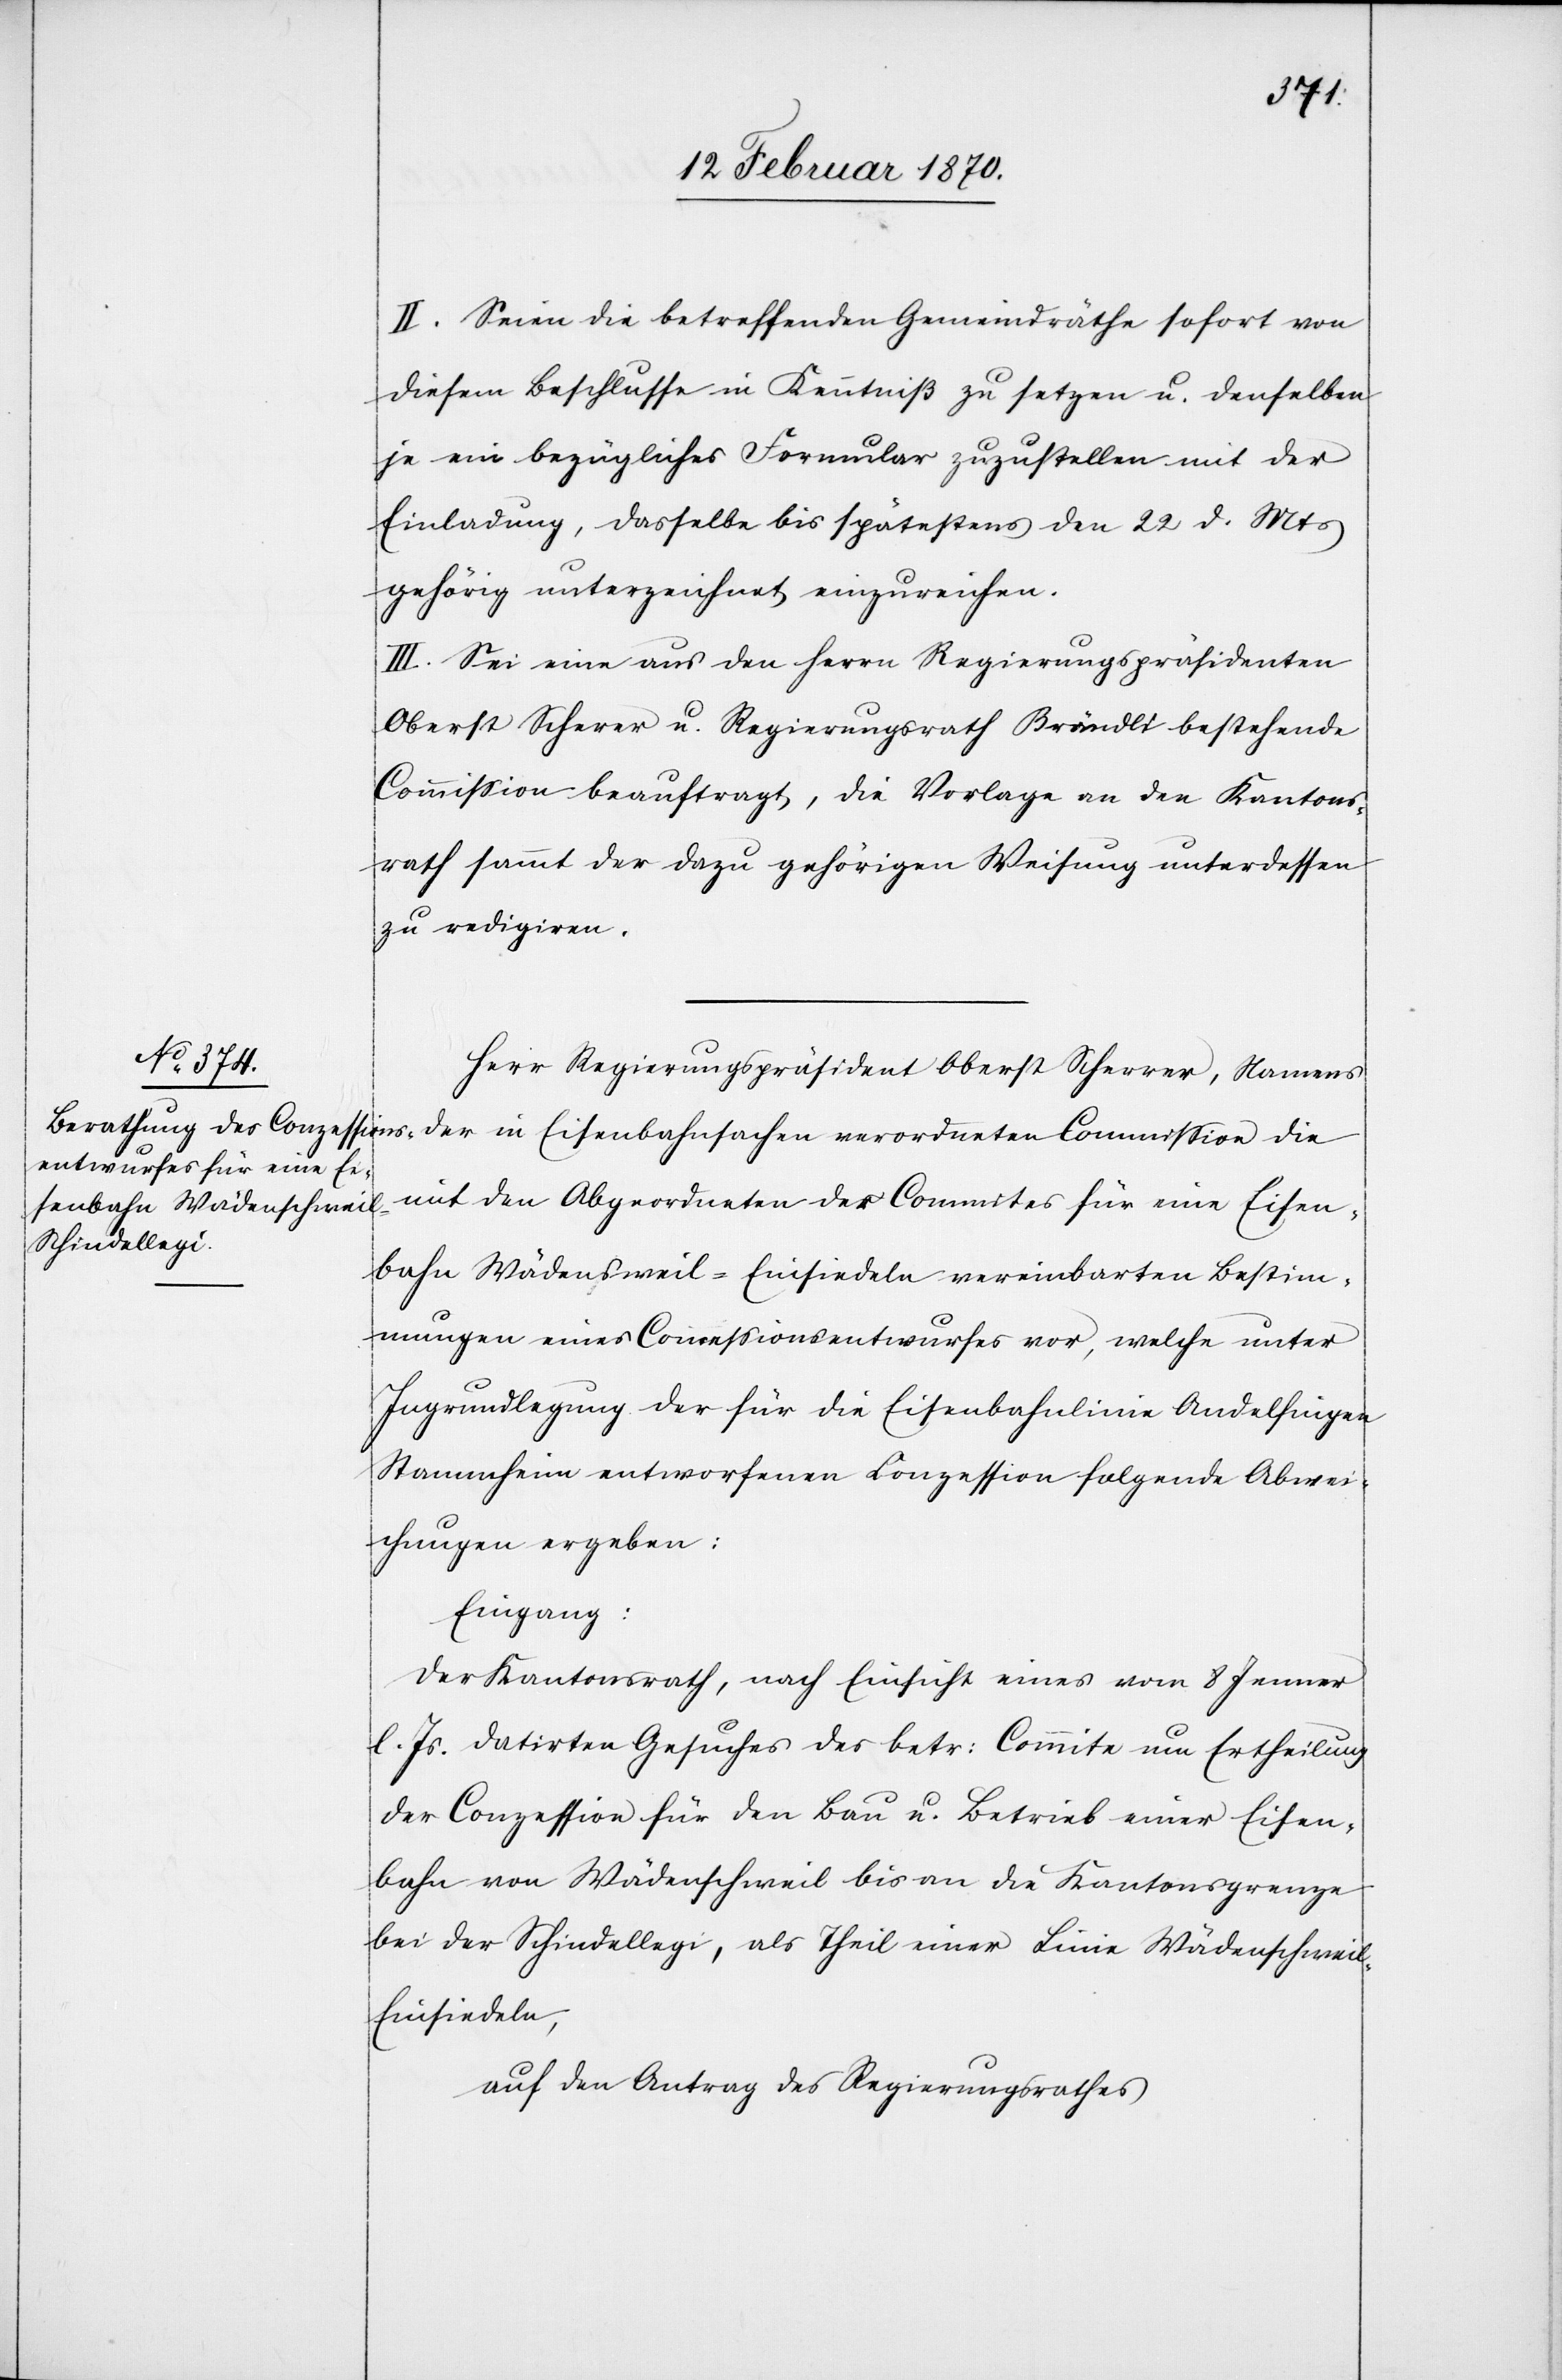
II. Seien die betreffenden Gemeindräthe sofort von
diesem Beschlusse in Kenntniß zu setzen u. denselben
je ein bezügliches Formular zuzustellen mit der
Einladung, dasselbe bis spätestens den 22 d. Mts
gehörig unterzeichnet einzureichen.
III. Sei eine aus den Herrn Regierungspräsidenten
Oberst Scherer u. Regierungsrath Brändli bestehende
Commission beauftragt, die Vorlage an den Kantons¬
rath sammt der dazu gehörigen Weisung unterdessen
zu redigiren.
Herr Regierungspräsident Oberst Scherrer, Namens
mit den Abgeordneten des Commites für eine Eisen¬
bahn Wädensweil–Einsiedeln vereinbarten Bestim¬
mungen eines Concessionsentwurfes vor [sic!], welche unter
Ingrundlegung der für die Eisenbahnlinie Andelfinge¬
n[–]Stammheim entworfenen Conzession folgende Abwei¬
chungen ergeben:
Eingang:
Der Kantonsrath, nach Einsicht eines vom 8. Jenner
l. Js. datirten Gesuches des betr: Commite um Ertheilung
der Conzession für den Bau u. Betrieb einer Eisen¬
bahn von Wädenschweil bis an die Kantonsgrenze
bei der Schindellegi, als Theil einer Linie Wädenschwei¬
l–Einsiedeln,
auf den Antrag des Regierungsrathes